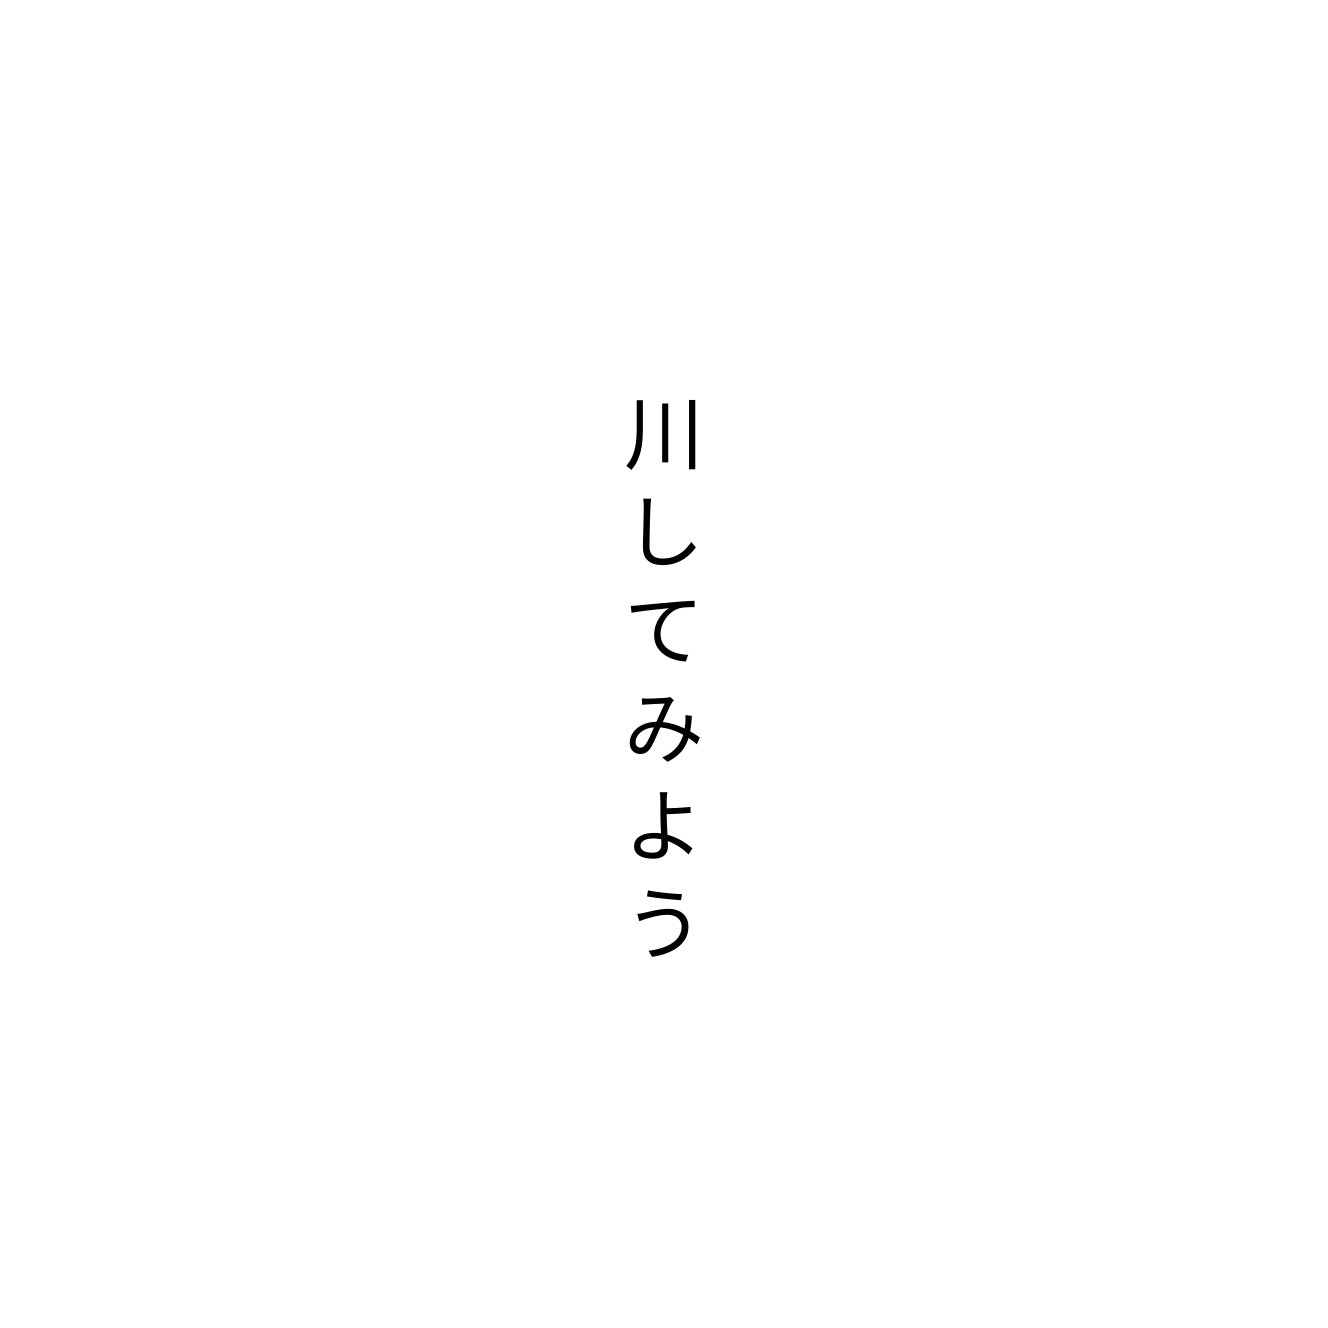
川してみよう